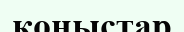
қоныстар